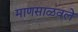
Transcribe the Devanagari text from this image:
माणसाळवले